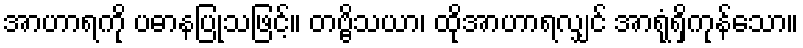
အာဟာရကို ပဓာနပြုသဖြင့်။ တဗ္ဗိသယာ၊ ထိုအာဟာရလျှင် အာရုံရှိကုန်သော။